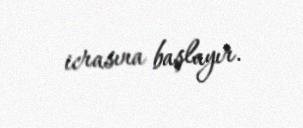
icrasına başlayır.